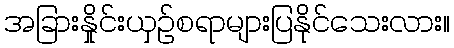
အခြားနှိုင်းယှဉ်စရာများပြနိုင်သေးလား။